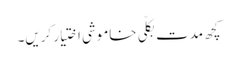
کچھ مدت بکلّی خاموشی اختیار کریں۔